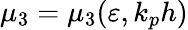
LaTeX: \mu_{3}=\mu_{3}(\varepsilon,k_{p}h)